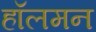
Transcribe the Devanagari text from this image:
हॉलमन